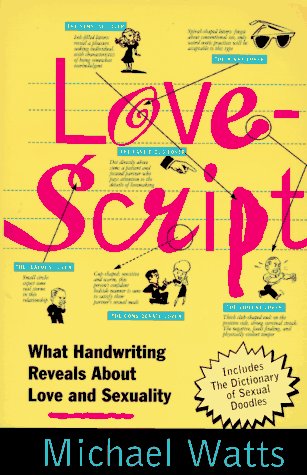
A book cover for Lovescript: What Handwriting Reveals About Love & Romance; Michael Watts; Self-Help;